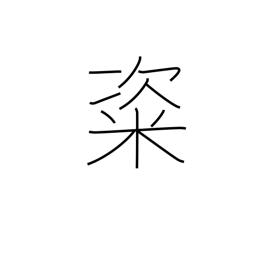
Meaning: rice cakes